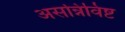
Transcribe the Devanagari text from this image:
असन्निविष्ट